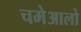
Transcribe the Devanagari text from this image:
चमेआलो